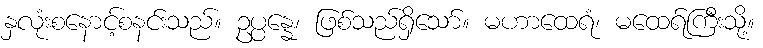
နှလုံးစနောင့်စနင်းသည်။ ဥပ္ပန္နေ၊ ဖြစ်သည်ရှိသော်။ မဟာထေရံ၊ မထေရ်ကြီးသို့။